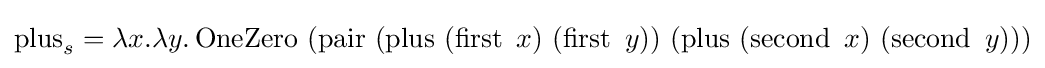
\operatorname {plus} _{s}=\lambda x.\lambda y.\operatorname {OneZero} \ (\operatorname {pair} \ (\operatorname {plus} \ (\operatorname {first} \ x)\ (\operatorname {first} \ y))\ (\operatorname {plus} \ (\operatorname {second} \ x)\ (\operatorname {second} \ y)))